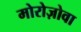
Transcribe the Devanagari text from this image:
मोरोज़ोवा